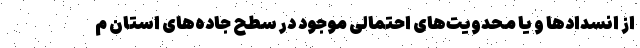
از انسدادها و یا محدویت‌های احتمالی موجود در سطح جاده‌های استان م